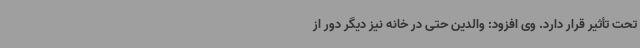
تحت تأثیر قرار دارد. وی افزود: والدین حتی در خانه نیز دیگر دور از